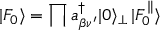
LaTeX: | F _ { 0 } \rangle = \prod a _ { \beta \nu ^ { \prime } } ^ { \dagger } | 0 \rangle _ { \bot } \, | F _ { 0 } ^ { \parallel } \rangle